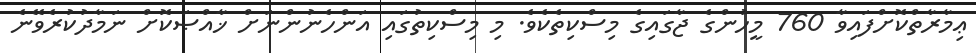
ޢިމާރާތްކޮށްފައިވާ 760 މީހުންގެ ޖާގައިގެ މިސްކިތެކެވެ. މި މިސްކިތުގައި އަންހެނުންނަށް ޚާއްޞަކޮށް ނަމާދުކުރެވޭނެ